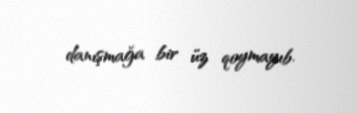
danışmağa bir üz qoymayıb.